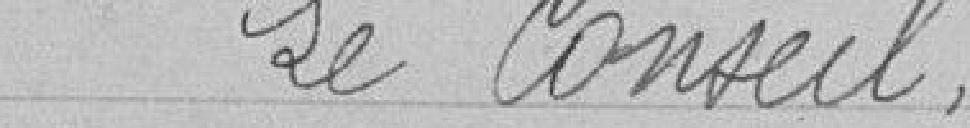
Le Conseil,